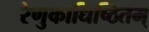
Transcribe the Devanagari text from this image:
रेणुकाधिष्ठितम्‌